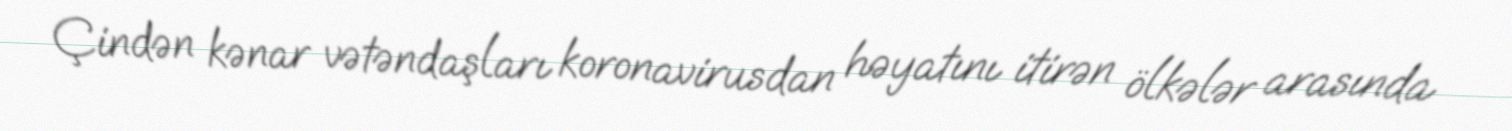
Çindən kənar vətəndaşları koronavirusdan həyatını itirən ölkələr arasında